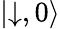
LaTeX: \left|\downarrow,0\right\rangle